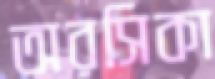
অরসিকা